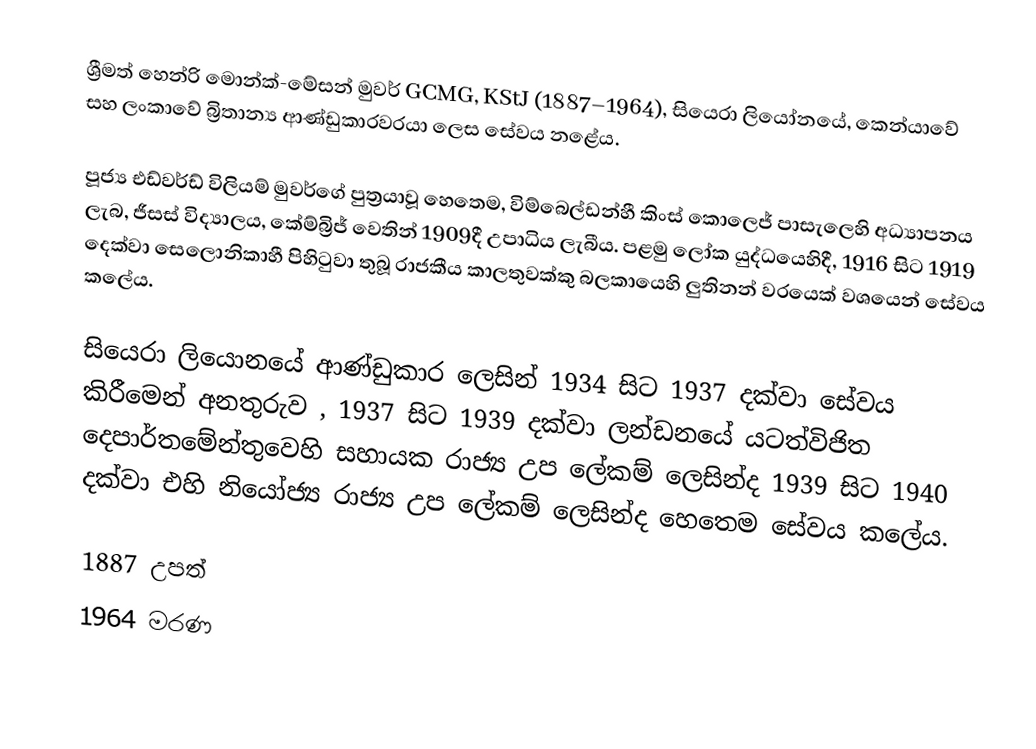
ශ්‍රීමත් හෙන්රි මොන්ක්-මේසන් මුවර් GCMG, KStJ (1887–1964), සියෙරා ලියෝනයේ, කෙන්යාවේ සහ  ලංකාවේ බ්‍රිතාන්‍ය ආණ්ඩුකාරවරයා ලෙස සේවය නළේය.

පූජ්‍ය එඩ්වර්ඩ් විලියම් මුවර්ගේ පුත්‍රයාවූ හෙතෙම, විම්බෙල්ඩන්හී කිංස් කොලෙජ් පාසැලෙහි අධ්‍යාපනය ලැබ, ජීසස් විද්‍යාලය, කේම්බ්‍රිජ් වෙතින් 1909දී උපාධිය ලැබීය. පළමු ලෝක යුද්ධයෙහිදී, 1916 සිට 1919 දෙක්වා සෙලොනිකාහී පිහිටුවා තුබූ  රාජකීය කාලතුවක්කු බලකායෙහි ලුතිනන් වරයෙක් වශයෙන් සේවය කලේය.

සියෙරා ලියොනයේ ආණ්ඩුකාර ලෙසින් 1934 සිට 1937 දක්වා සේවය කිරීමෙන් අනතුරුව , 1937 සිට 1939 දක්වා ලන්ඩනයේ යටත්විජිත දෙපාර්තමේන්තුවෙහි සහායක රාජ්‍ය උප ලේකම් ලෙසින්ද 1939 සිට 1940 දක්වා එහි නියෝජ්‍ය රාජ්‍ය උප ලේකම් ලෙසින්ද හෙතෙම සේවය කලේය.

1887 උපත්
1964 මරණ